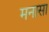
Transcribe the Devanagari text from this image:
मनासा